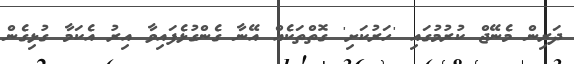
ދަރިން މެނޭޖް ކުރުމުގައި 'ހަރުކަށި' ގޮތްތަކެއް އޭނާ ގެންގުޅެފައިވާ އިރު އެކަމާ ގުޅިގެން